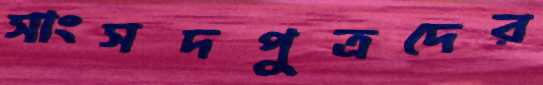
সাংসদপুত্রদের